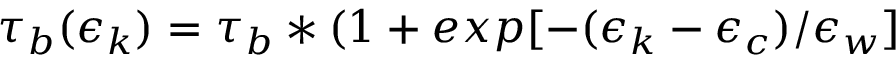
\tau _ { b } ( \epsilon _ { k } ) = \tau _ { b } * ( 1 + e x p [ - ( \epsilon _ { k } - \epsilon _ { c } ) / \epsilon _ { w } ]